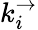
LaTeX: k_{i}^{\rightarrow}